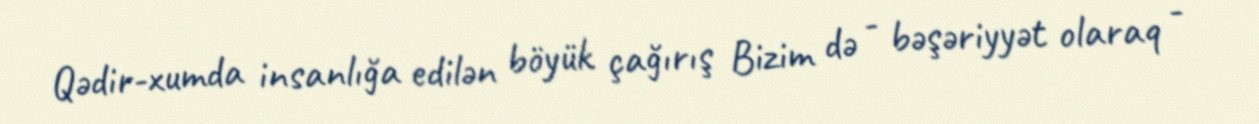
Qədir-xumda insanlığa edilən böyük çağırış Bizim də - bəşəriyyət olaraq -